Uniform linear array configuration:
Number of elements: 16
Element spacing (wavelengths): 0.75
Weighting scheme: hann
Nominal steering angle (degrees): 30
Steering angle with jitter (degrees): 29.944
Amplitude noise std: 0.05
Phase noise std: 0.05

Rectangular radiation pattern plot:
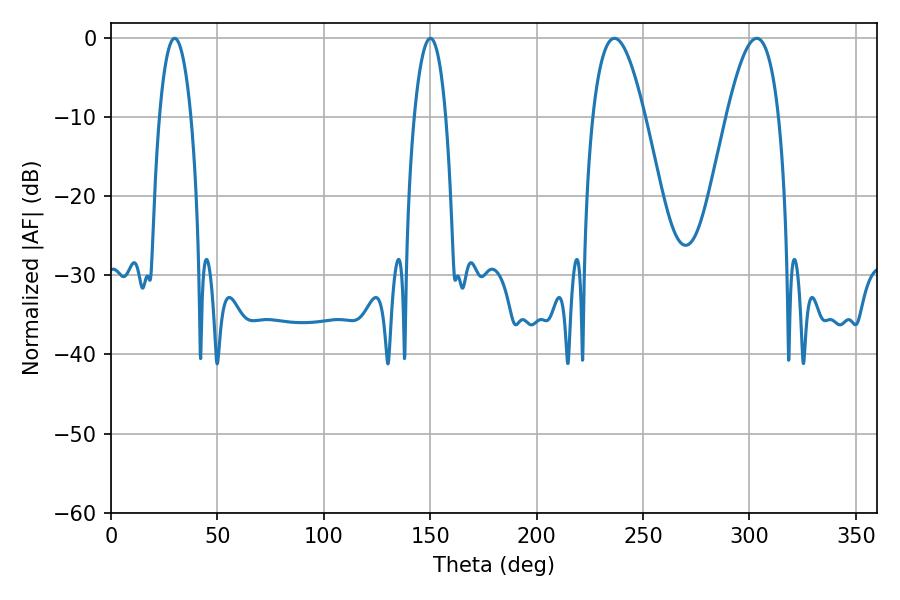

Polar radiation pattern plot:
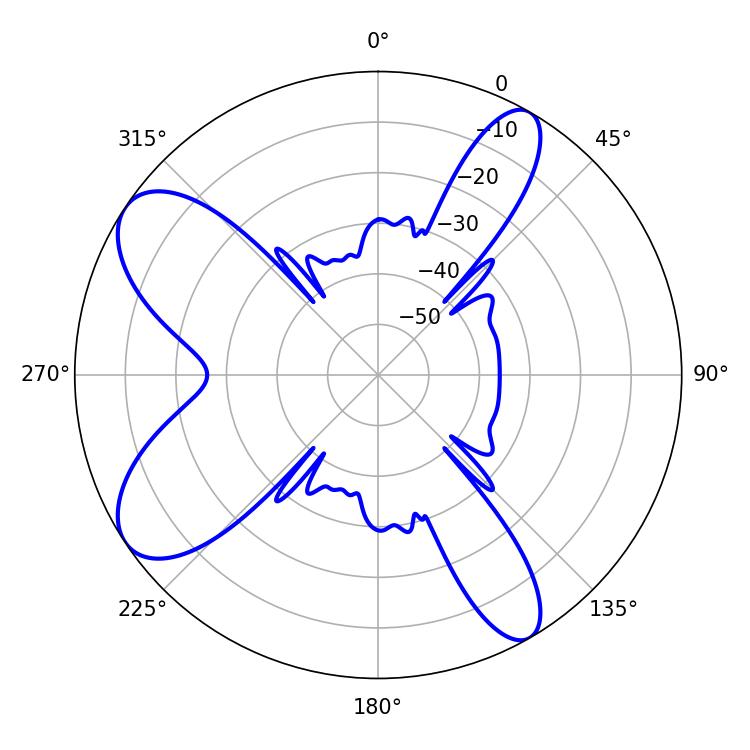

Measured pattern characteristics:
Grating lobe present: TRUE
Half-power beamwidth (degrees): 13.32
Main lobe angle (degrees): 236.52